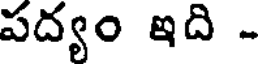
పద్యం ఇది -